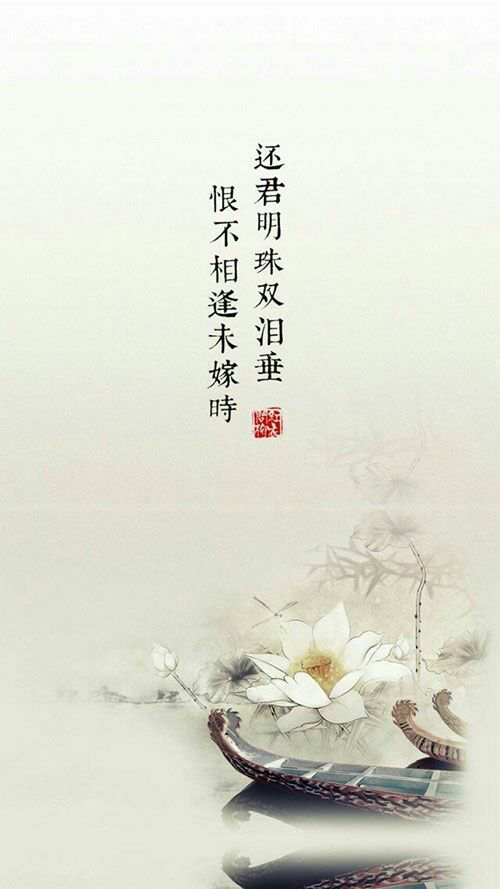
还君明珠双泪垂，恨不相逢未嫁时。